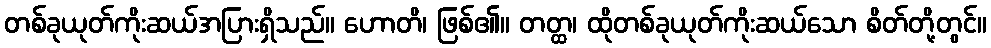
တစ်ခုယုတ်ကိုးဆယ်အပြားရှိသည်။ ဟောတိ၊ ဖြစ်၏။ တတ္ထ၊ ထိုတစ်ခုယုတ်ကိုးဆယ်သော စိတ်တို့တွင်။